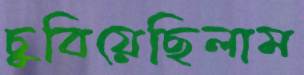
চুবিয়েছিলাম